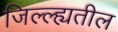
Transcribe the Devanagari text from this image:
जिल्ल्ह्यतील